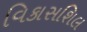
વિકાસશિલ